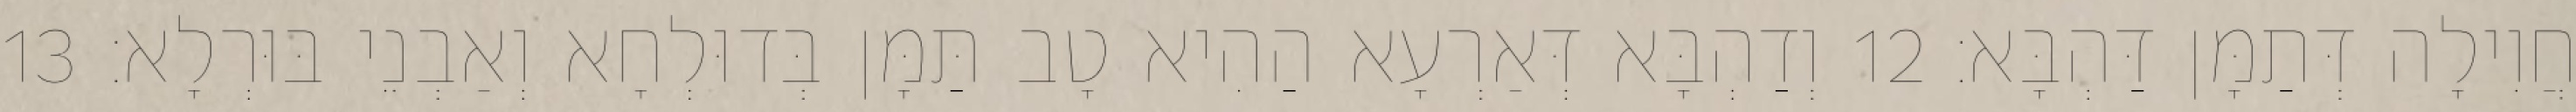
חֲוִילָה דְּתַמָּן דַּהְבָּא׃ 12 וְדַהְבָּא דְּאַרְעָא הַהִיא טָב תַּמָּן בְּדוּלְחָא וְאַבְנֵי בּוּרְלָא׃ 13